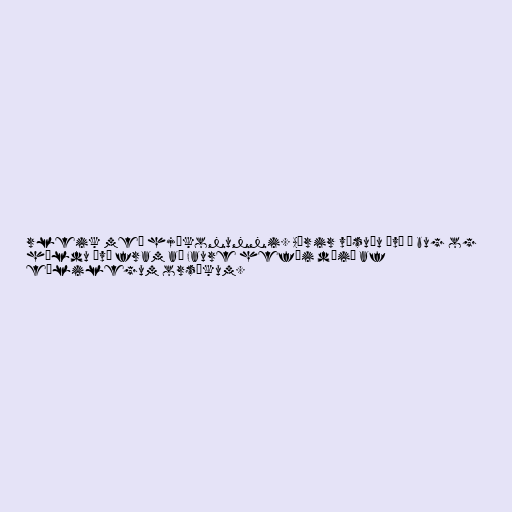
rleik með hjákonunni. Aðrir vísuðu því á bug og
héldu því fram að Faure hefði dáið af
eðlilegum orsökum.